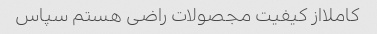
کاملااز کیفیت مجصولات راضی هستم سپاس